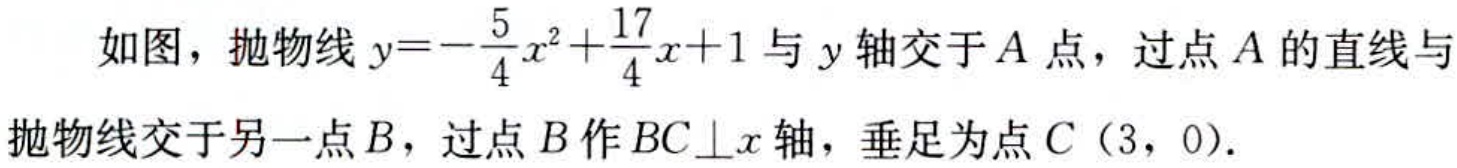
如图，抛物线\(y = -\frac{5}{4}x^{2}+\frac{17}{4}x + 1\)与\(y\)轴交于\(A\)点，过点\(A\)的直线与抛物线交于另一点\(B\)，过点\(B\)作\(BC\bot x\)轴，垂足为点\(C（3，0）\)．